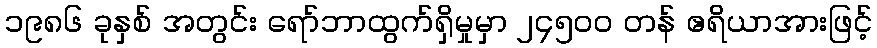
၁၉၈၆ ခုနှစ် အတွင်း ရော်ဘာထွက်ရှိမှုမှာ ၂၄၅၀၀ တန် ဧရိယာအားဖြင့်